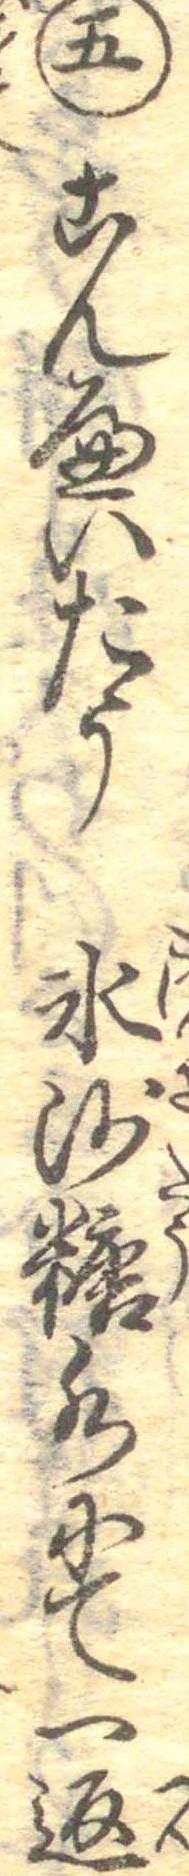
五こんへいたう氷沙糖水にて一返